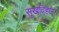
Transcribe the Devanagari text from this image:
सुखविहार